Medical and sanitary report of the native army of Madras for the year
Year: 1876
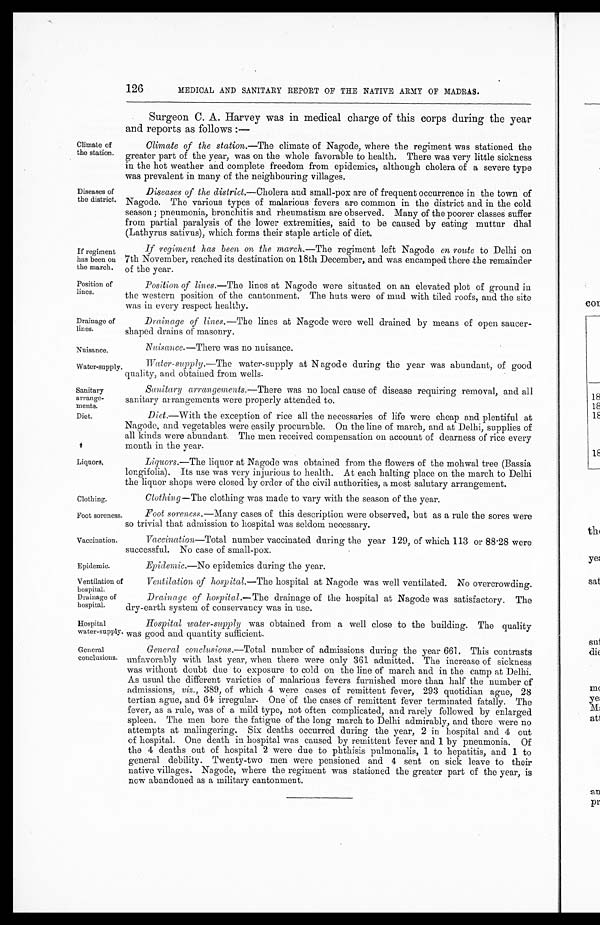
If regiment
has been on
the march.
Position of
lines.
Drainage of
lines.
Nuisance.
Water-supply
Foot soreness.
Vaccination.
Epidemic.
Ventilation of
hospital.
Hospital
water-supply.
General
conclusions.
126
Climate of
the station.
Diseases of
the district.
MEDICAL AND SANITARY REPORT OF THE NATIVE ARMY OF MADRAS.
Surgeon C. A. Harvey was in medical charge of this corps during the year
and reports as follows:—
Climate of the station.—The climate of Nagode, where the regiment was stationed the
greater part of the year, was on the whole favorable to health. There was very little sickness
in the hot weather and complete freedom from epidemics, although cholera of a severe type
was prevalent in many of the neighbouring villages.
Diseases of the district.— Cholera and small-pox are of frequent occurrence in the town of
Nagode. The various types of malarious fevers are common in the district and in the cold
season; pneumonia, bronchitis and rheumatism are observed. Many of the poorer classes suffer
from partial paralysis of the lower extremities, said to be caused by eating muttur dhal
(Lathyrus sativus), which forms their staple article of diet.
If regiment has been on the march.—The regiment left Nagode en route to Delhi on
7th November, reached its destination on 18th December, and was encamped there the remainder
of the year.
Position of lines.— The lines at Nagode were situated on an elevated plot of ground in
the western position of the cantonment. The huts were of mud with tiled roofs, and the site
was in every respect healthy.
Drainage of lines.— The lines at Nagode were well drained by means of open saucer
-shaped drains of masonry.
Nuisance.— There was no nuisance.
Water-suply .—The watersupply at Nagode during the year was abundant, of good
quality, and obtained from wells.
Diet.
Liquors,
Clothing.
Sanitary
arrange
- m e n t s .S
a n i t a r y a r r a n g e m e n t s . —
T h e r e
w a s n o l o c a l c a u s e o f d i s e a s e r e q u i r i n g r e m o v a l , a n d a l l
sanitary arrangements were properly attended to.
Diet.—With the exception of rice all the necessaries of life were cheap and plentiful at
Nagode, and vegetables were easily procurable. On the line of march, and at Delhi, supplies of
all kinds were abundant. The men received compensation on account of dearness of rice every
month in the year.
Liquors.—The liquor at Nagode was obtained from the flowers of the mohwal tree (Bassia
longifolia). Its use was very injurious to health. At each halting place on the march to Delhi
the liquor shops were closed by order of the civil authorities, a most salutary arrangement.
Clothing—The clothing was made to vary with the season of the year.
Foot soreness.— Many cases of this description were observed, but as a rule the sores were
so trivial that admission to hospital was seldom necessary.
Vaccination—Total number vaccinated during the year 129, of which 113 or 88.28 were
successful. No case of small-pox.
Epidemic.—No epidemics during the year.
Ventilation of hospital.—The hospital at Nagode was well ventilated. No overcrowding.
D rainage of
hospital.
Drainage of hospital.— The drainage of the hospital at Nagode was satisfactory. The
dry-earth system of conservancy was in use.
Hospital water-supply was obtained from a well close to the building. The quality
was good and quantity sufficient.
General conclusions.— Total number of admissions during the year 661. This contrasts
unfavorably with last year, when there were only 361 admitted. The increase of sickness,
was without doubt due to exposure to cold on the line of march and in the camp at Delhi.
As usual the different varieties of malarious fevers furnished more than half the number of
admissions, viz., 389, of which 4 were cases of remittent fever, 293 quotidian ague, 28
tertian ague, and 64 irregular. One of the cases of remittent fever terminated fatally. The
fever, as a rule, was of a mild type, not often complicated, and rarely followed by enlarged
spleen. The men bore the fatigue of the long march to Delhi admirably, and there were no
attempts at malingering. Six deaths occurred during the year, 2 in hospital and 4 out
of hospital. One death in hospital was caused by remittent fever and 1 by pneumonia. Of
the 4 deaths out of hospital 2 were due to phthisis pulmonalis, 1 to hepatitis, and 1 to
general debility. Twenty-two men were pensioned and 4 sent on sick leave to their
native villages. Nagode, where the regiment was stationed the greater part of the year, is
now abandoned as a military cantonment.